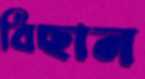
বিছান